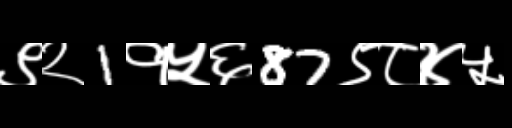
Text: ९२1१५६87९८४५